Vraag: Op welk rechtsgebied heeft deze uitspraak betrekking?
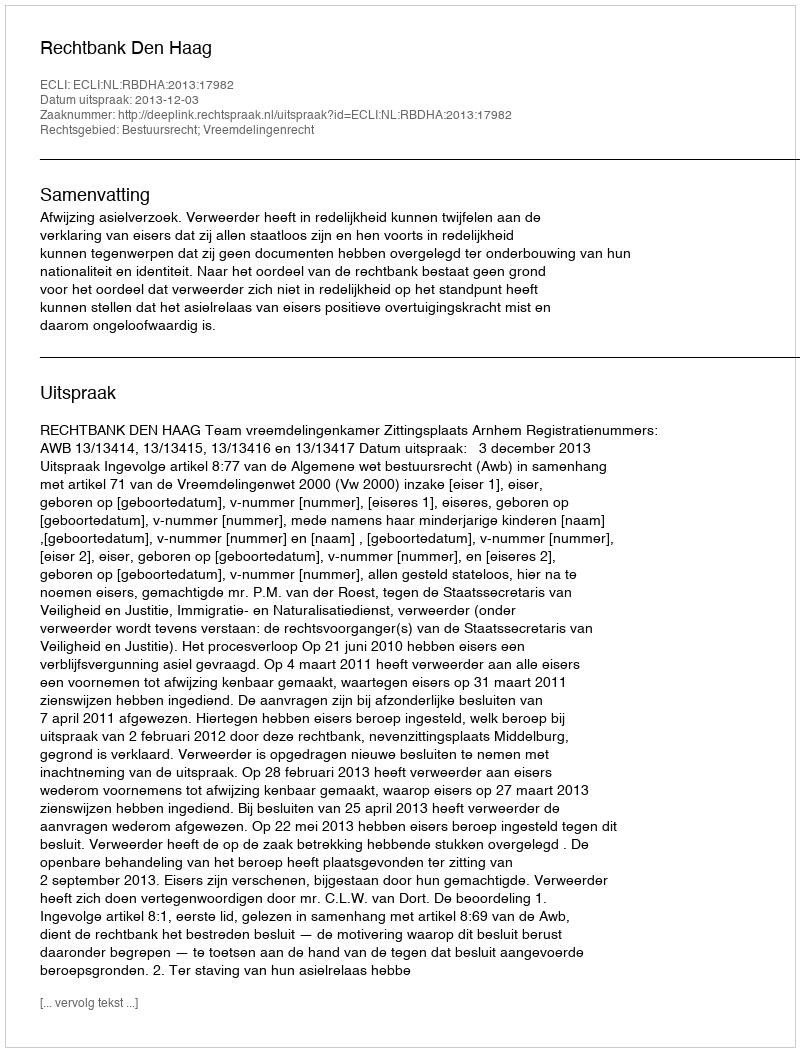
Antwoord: Bestuursrecht; Vreemdelingenrecht